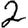
Digit: 2